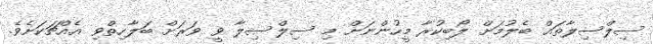
ސިލްސިލާތައް ބެލުމަށް ލޯބިކުރާ މީހުންނަށް މި ސިލްސިލާ ވީ ވަރަށް ބަލާހިތްވި އެއްޗަކަށެވެ.